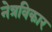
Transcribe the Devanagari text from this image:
नेत्रविकार